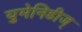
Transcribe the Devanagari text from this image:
युमेनिडीज्‌